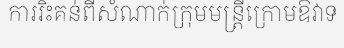
ការរិះគន់ពីសំណាក់ក្រុមមន្ត្រីក្រោមឱវាទ